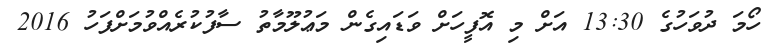
ހޯމަ ދުވަހުގެ 13:30 އަށް މި އޮފީހަށް ވަޑައިގެން މަޢުލޫމާތު ސާފުކުރެއްވުމަށްފަހު 2016